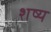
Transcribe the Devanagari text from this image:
शष्य